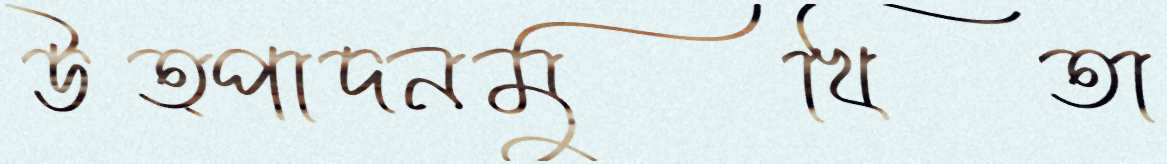
উত্পাদনমুখিতা